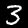
Label: 3